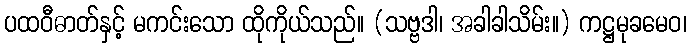
ပထဝီဓာတ်နှင့် မကင်းသော ထိုကိုယ်သည်။ (သဗ္ဗဒါ၊ အခါခါသိမ်း။) ကဋ္ဌမုခမေဝ၊